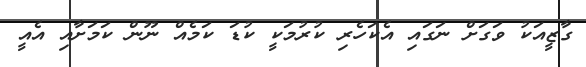
ގާޒީއަކު ވަގަށް ނަގައި އެކަހެރި ކުރުމަކީ ކުޑަ ކަމެއް ނޫން ކަމަށާއި އެއީ